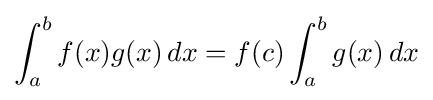
\int _{a}^{b}f(x)g(x)\,dx=f(c)\int _{a}^{b}g(x)\,dx